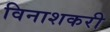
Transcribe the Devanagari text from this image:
विनाशकरी